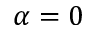
\alpha = 0